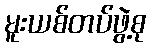
မူးယစ်တပ်ဖွဲ့စု